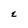
Character: E